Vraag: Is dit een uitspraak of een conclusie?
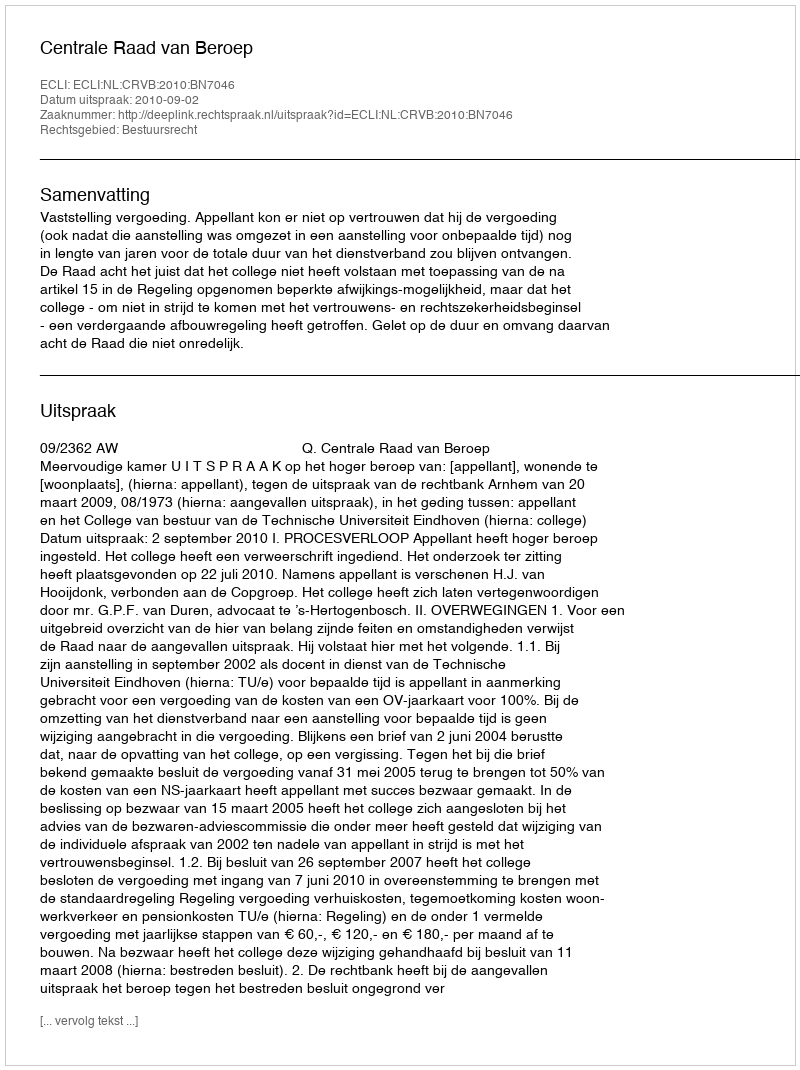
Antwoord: Uitspraak